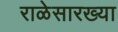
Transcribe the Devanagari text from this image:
राळेसारख्या